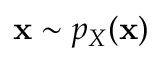
\mathbf { x } \sim p _ { X } ( \mathbf { x } )